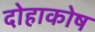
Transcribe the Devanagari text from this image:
दोहाकोष